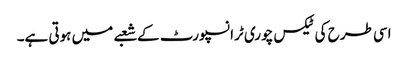
اسی طرح کی ٹیکس چوری ٹرانسپورٹ کے شعبے میں ہوتی ہے۔